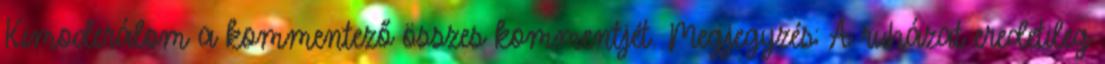
Kimoderálom a kommentező összes kommentjét. Megjegyzés: A ruházat eredetileg